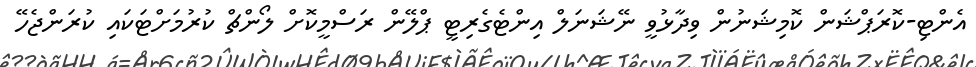
އެންޓި-ކޮރަޕްޝަން ކޮމިޝަނުން ވިދާޅުވީ ނޭޝަނަލް އިންޓެގެރިޓީ ޕްލޭން ރަސްމީކޮށް ލޯންޗް ކުރުމަށްޓަކައި ކުރަންޖެހޭ